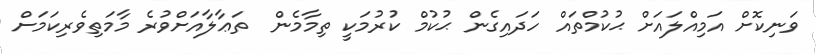
ވަނިކޮށް އަމިއްލައަށް ޙުކުމްތައް ހަދައިގެން ޙުކުމް ކުރުމަކީ ތިމާމެން  ތަޢާލާއަށްވުރެ މާމަތިވެރިކަމަށް